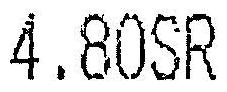
4.80SR